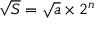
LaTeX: { \sqrt { S } } = { \sqrt { a } } \times 2 ^ { n }